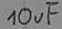
Text: 10uF